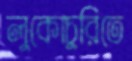
লুকোচুরিতে